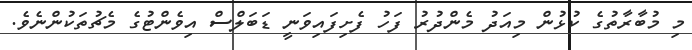
މި މުބާރާތުގެ ކުޅުން މިއަދު މެންދުރު ފަހު ފެށިފައިވަނީ ޑަބަލްސް އިވެންޓުގެ މެޗުތަކުންނެވެ.